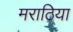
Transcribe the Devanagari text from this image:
मराठिया